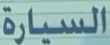
السيارة